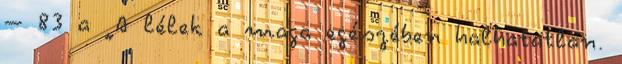
– 83 a „A lélek a maga egészében halhatatlan.